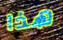
هذا